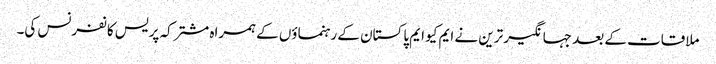
ملاقات کے بعد جہانگیر ترین نے ایم کیو ایم پاکستان کے رہنماؤں کے ہمراہ مشترکہ پریس کانفرنس کی۔